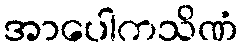
အာပေါကသိဏံ